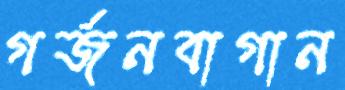
গর্জনবাগান